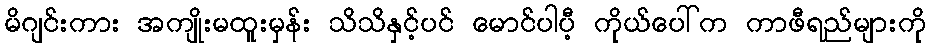
မိဂျင်းကား အကျိုးမထူးမှန်း သိသိနှင့်ပင် မောင်ပါပီ့ ကိုယ်ပေါ်က ကာဖီရည်များကို